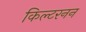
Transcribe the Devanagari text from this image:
किल्टरनन